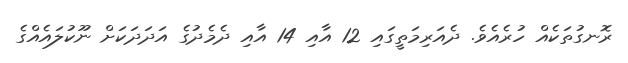
ރޮނގުތަކެއް ހުރެއެވެ. ދެއަރިމަތީގައި 12 އާއި 14 އާއި ދެމެދުގެ އަދަދަކަށް ނޫކުލައެއްގެ